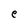
Character: e